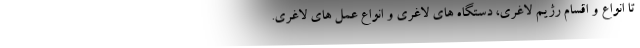
تا انواع و اقسام رژیم لاغری، دستگاه های لاغری و انواع عمل های لاغری.